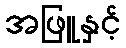
အဖြူနှင့်